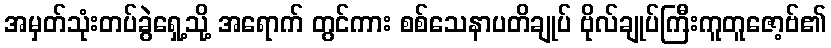
အမှတ်သုံးတပ်ခွဲရှေ့သို့ အရောက် တွင်ကား စစ်သေနာပတိချုပ် ဗိုလ်ချုပ်ကြီးကူတူဇော့ဗ်၏